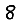
Digit: 8